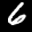
Label: 6